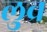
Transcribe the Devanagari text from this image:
लुव्र